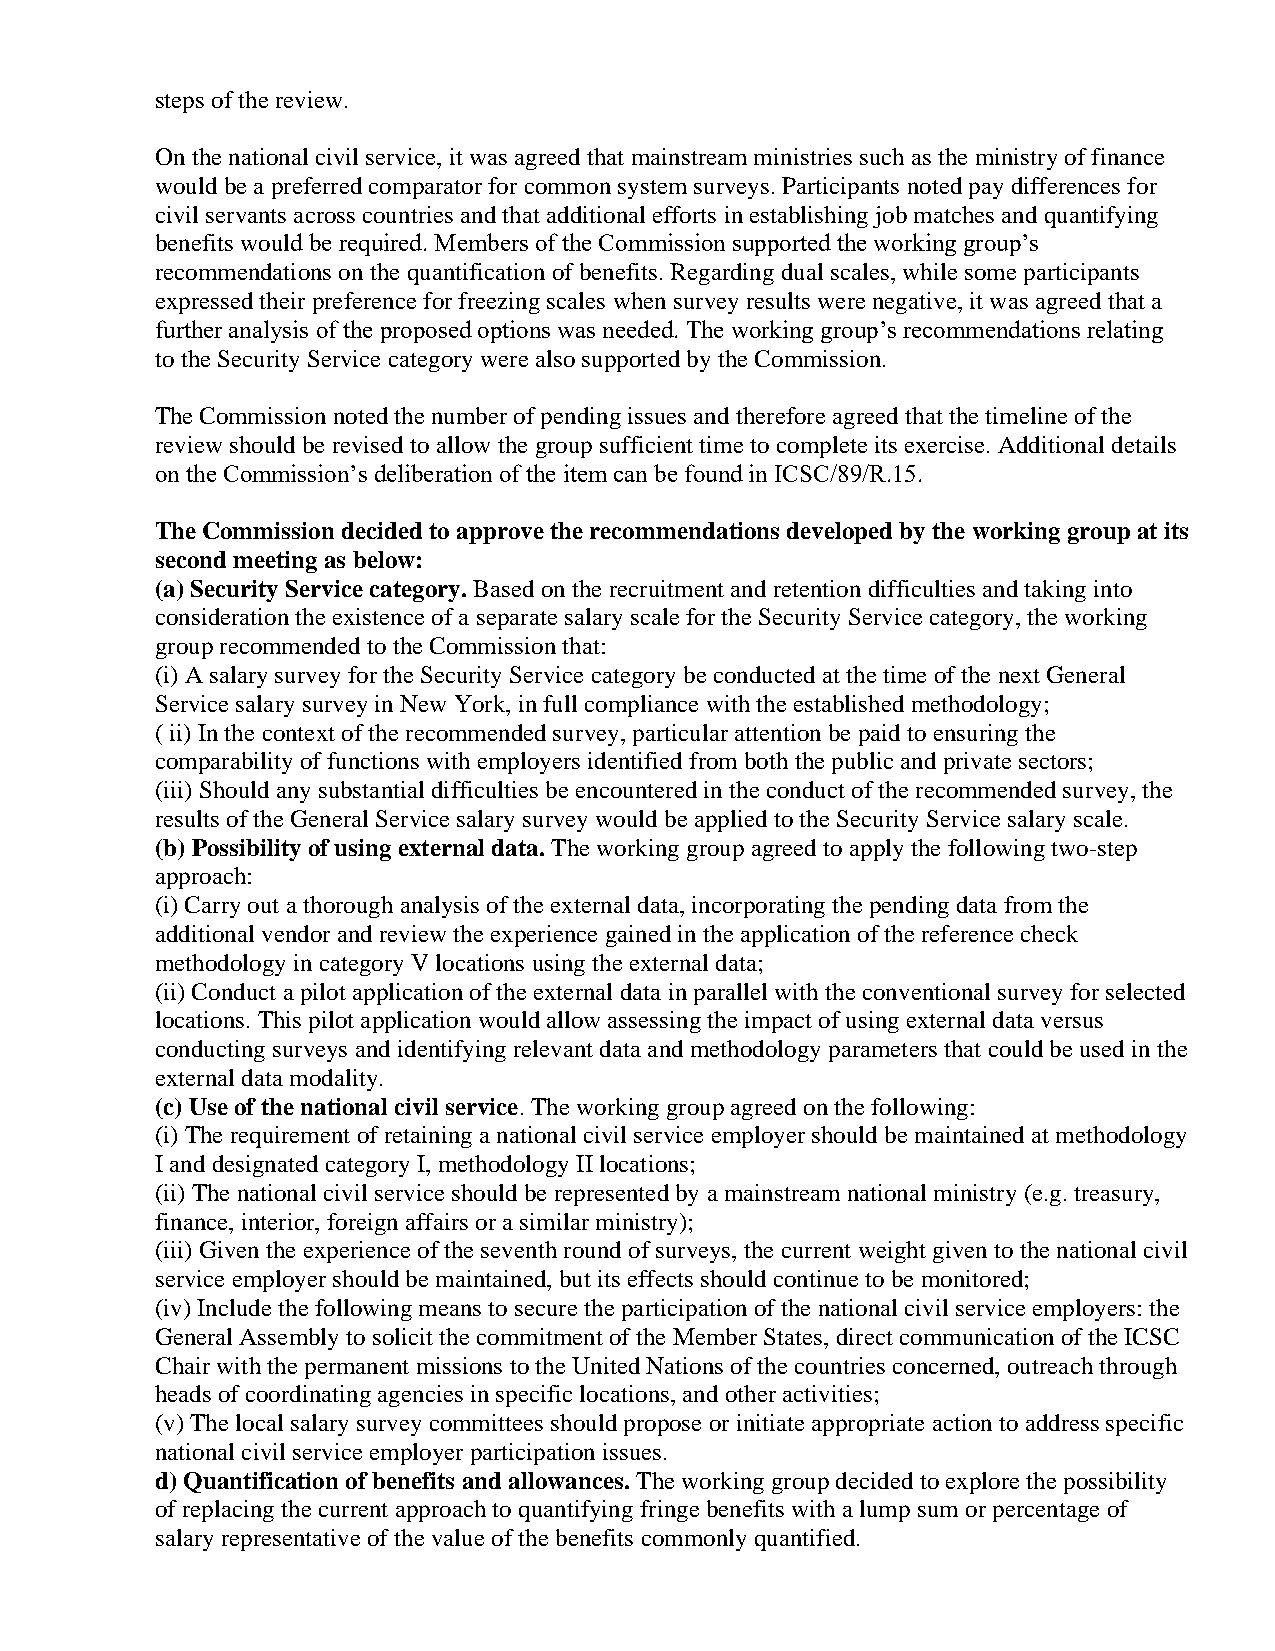
steps of the review.
 On the national civil service, it was agreed that mainstream ministries such as the ministry of finance
 would be a preferred comparator for common system surveys. Participants noted pay differences for
 civil servants across countries and that additional efforts in establishing job matches and quantifying
 benefits would be required. Members of the Commission supported the working group’s
 recommendations on the quantification of benefits. Regarding dual scales, while some participants
 expressed their preference for freezing scales when survey results were negative, it was agreed that a
 further analysis of the proposed options was needed. The working group’s recommendations relating
 to the Security Service category were also supported by the Commission.
 The Commission noted the number of pending issues and therefore agreed that the timeline of the
 review should be revised to allow the group sufficient time to complete its exercise. Additional details
 on the Commission’s deliberation of the item can be found in ICSC/89/R.15.
 The Commission decided to approve the recommendations developed by the working group at its
 second meeting as below:
 (a) Security Service category. Based on the recruitment and retention difficulties and taking into
 consideration the existence of a separate salary scale for the Security Service category, the working
 group recommended to the Commission that:
 (i) A salary survey for the Security Service category be conducted at the time of the next General
 Service salary survey in New York, in full compliance with the established methodology;
 ( ii) In the context of the recommended survey, particular attention be paid to ensuring the
 comparability of functions with employers identified from both the public and private sectors;
 (iii) Should any substantial difficulties be encountered in the conduct of the recommended survey, the
 results of the General Service salary survey would be applied to the Security Service salary scale.
 (b) Possibility of using external data. The working group agreed to apply the following two-step
 approach:
 (i) Carry out a thorough analysis of the external data, incorporating the pending data from the
 additional vendor and review the experience gained in the application of the reference check
 methodology in category V locations using the external data;
 (ii) Conduct a pilot application of the external data in parallel with the conventional survey for selected
 locations. This pilot application would allow assessing the impact of using external data versus
 conducting surveys and identifying relevant data and methodology parameters that could be used in the
 external data modality.
 (c) Use of the national civil service. The working group agreed on the following:
 (i) The requirement of retaining a national civil service employer should be maintained at methodology
 I and designated category I, methodology II locations;
 (ii) The national civil service should be represented by a mainstream national ministry (e.g. treasury,
 finance, interior, foreign affairs or a similar ministry);
 (iii) Given the experience of the seventh round of surveys, the current weight given to the national civil
 service employer should be maintained, but its effects should continue to be monitored;
 (iv) Include the following means to secure the participation of the national civil service employers: the
 General Assembly to solicit the commitment of the Member States, direct communication of the ICSC
 Chair with the permanent missions to the United Nations of the countries concerned, outreach through
 heads of coordinating agencies in specific locations, and other activities;
 (v) The local salary survey committees should propose or initiate appropriate action to address specific
 national civil service employer participation issues.
 d) Quantification of benefits and allowances. The working group decided to explore the possibility
 of replacing the current approach to quantifying fringe benefits with a lump sum or percentage of
 salary representative of the value of the benefits commonly quantified.